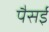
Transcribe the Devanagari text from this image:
पैसई